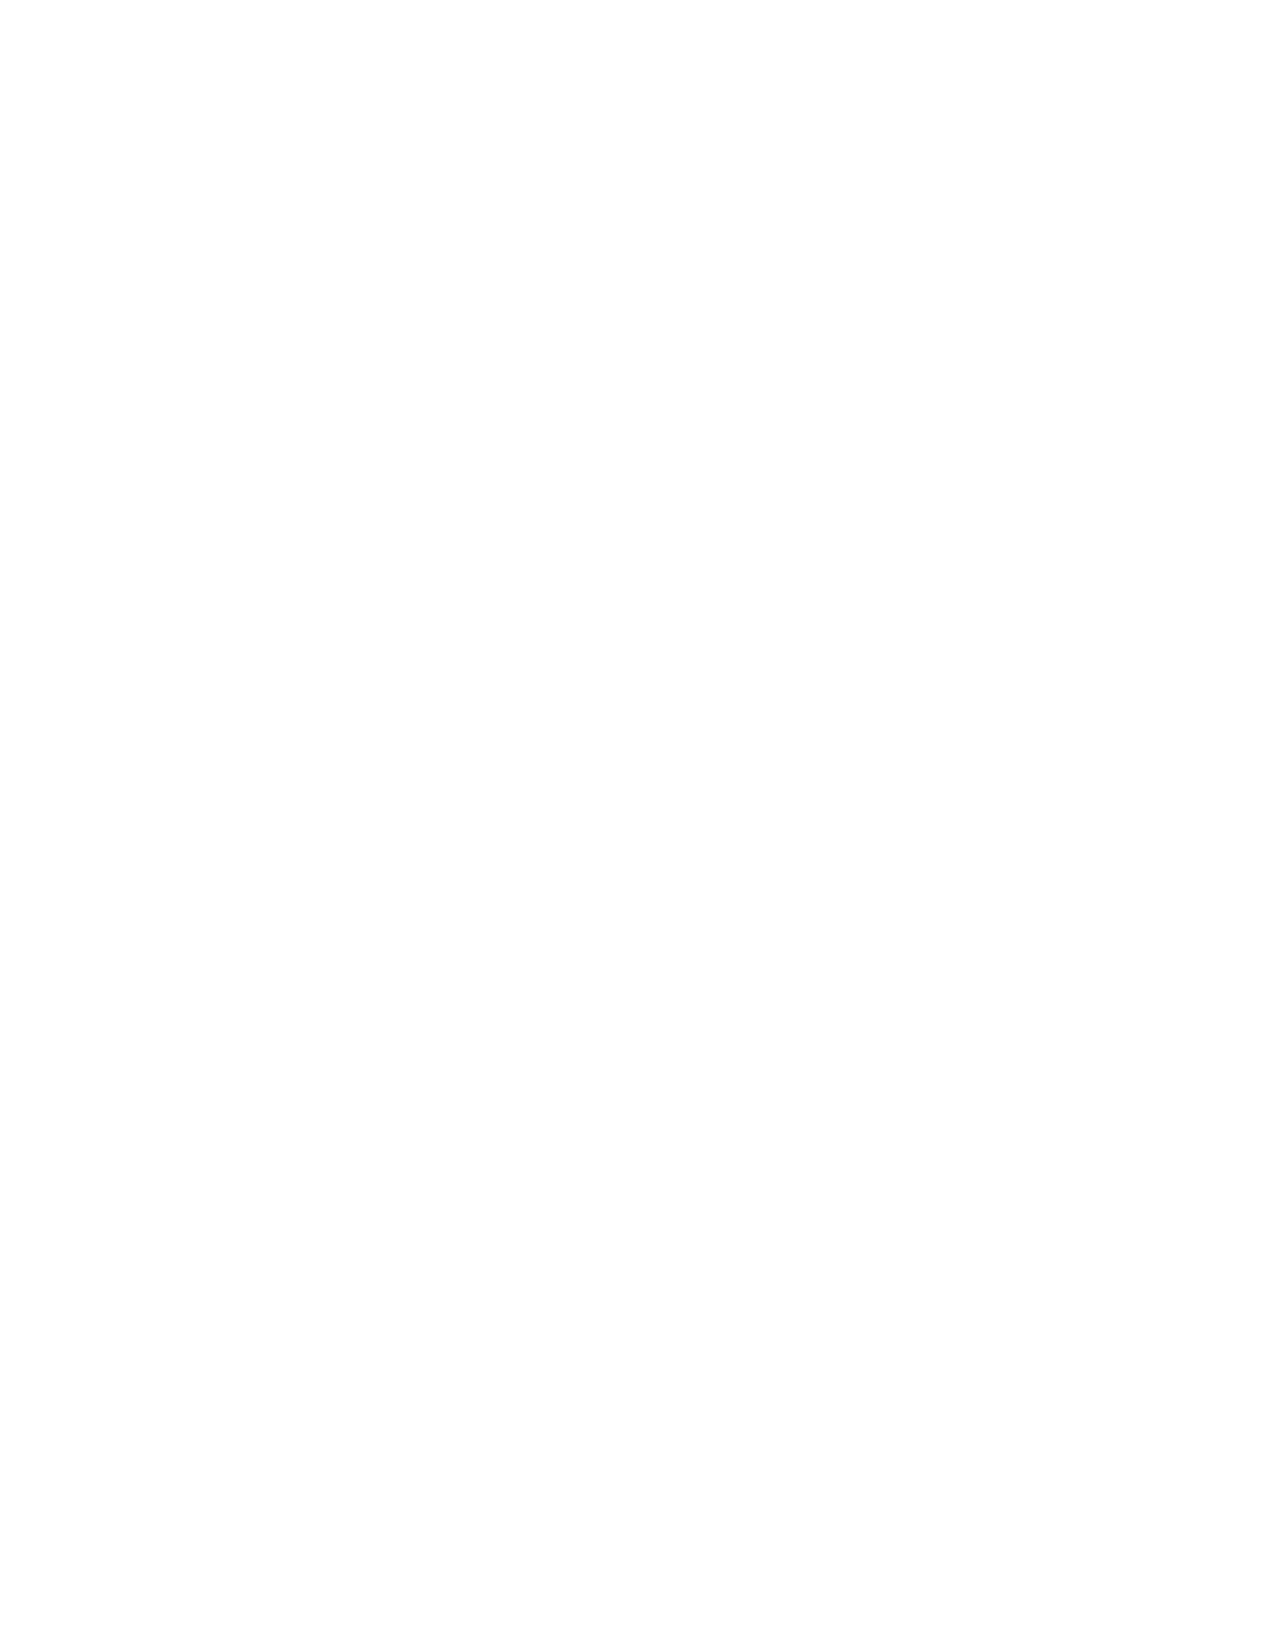
VerDate Aug 04 2004 13:00 Aug 23, 2004 Jkt 077500 PO 00000 Frm 00002 Fmt 8221 Sfmt 8221 C:\CONAN\CON067.XXX PRFM99 PsN: CON067